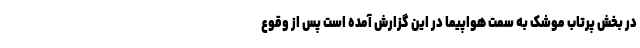
در بخش پرتاب موشک به سمت هواپیما در این گزارش آمده است پس از وقوع